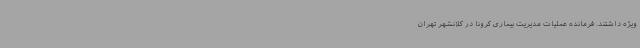
ویژه داشتند. فرمانده عملیات مدیریت بیماری کرونا در کلانشهر تهران